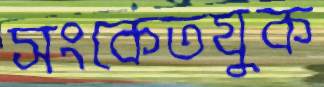
সংকেতযুক